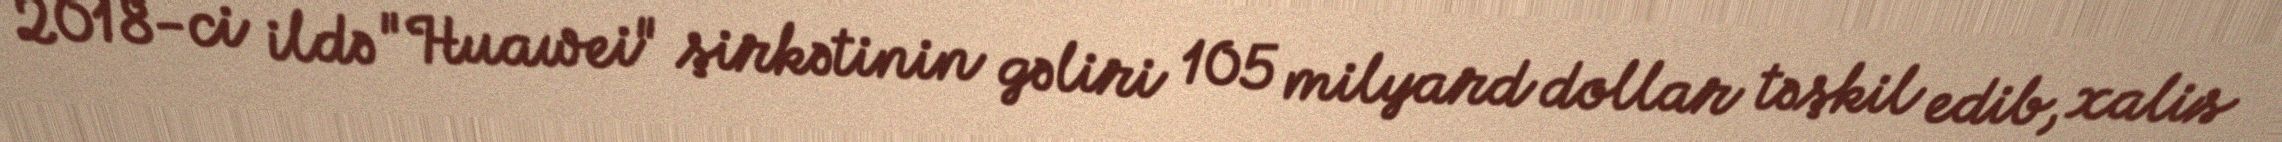
2018-ci ildə "Huawei" şirkətinin gəliri 105 milyard dollar təşkil edib, xalis